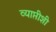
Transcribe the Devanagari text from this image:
व्याप्तीशी